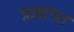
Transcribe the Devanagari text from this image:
प्रजापत